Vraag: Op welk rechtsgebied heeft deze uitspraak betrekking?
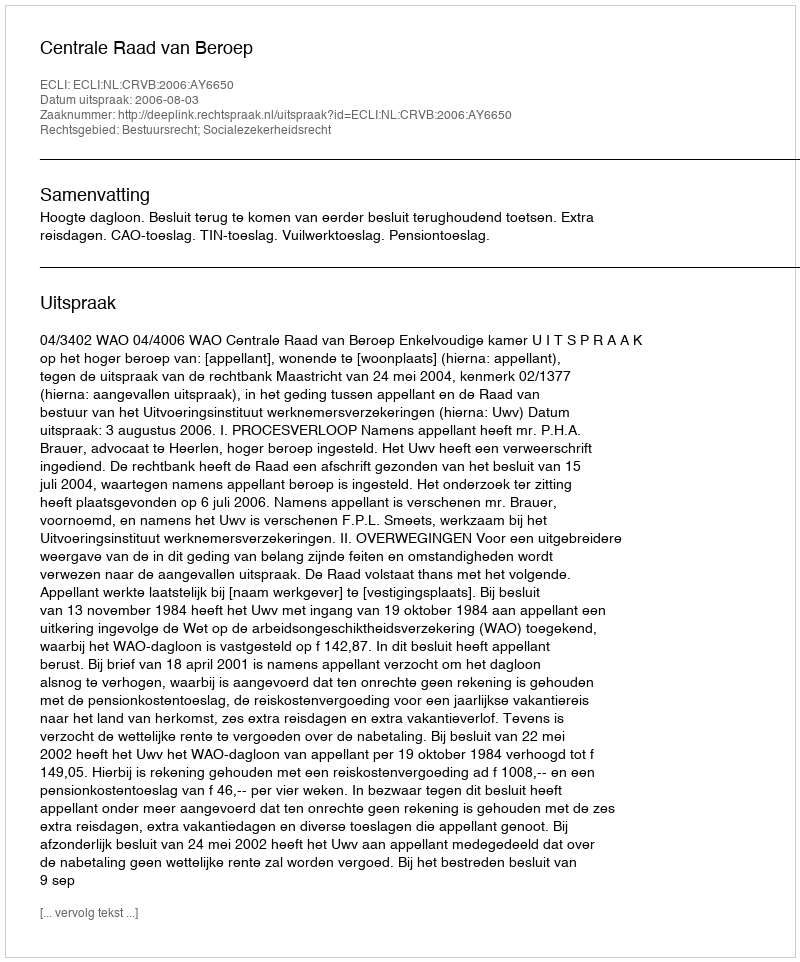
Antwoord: Bestuursrecht; Socialezekerheidsrecht